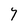
Character: Y